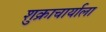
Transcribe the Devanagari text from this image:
शुक्राचार्याला